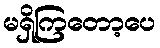
မရှိကြတော့ပေ